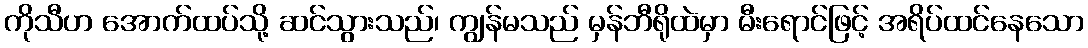
ကိုသီဟ အောက်ထပ်သို့ ဆင်သွားသည်၊ ကျွန်မသည် မှန်ဘီရိုထဲမှာ မီးရောင်ဖြင့် အရိပ်ထင်နေသော